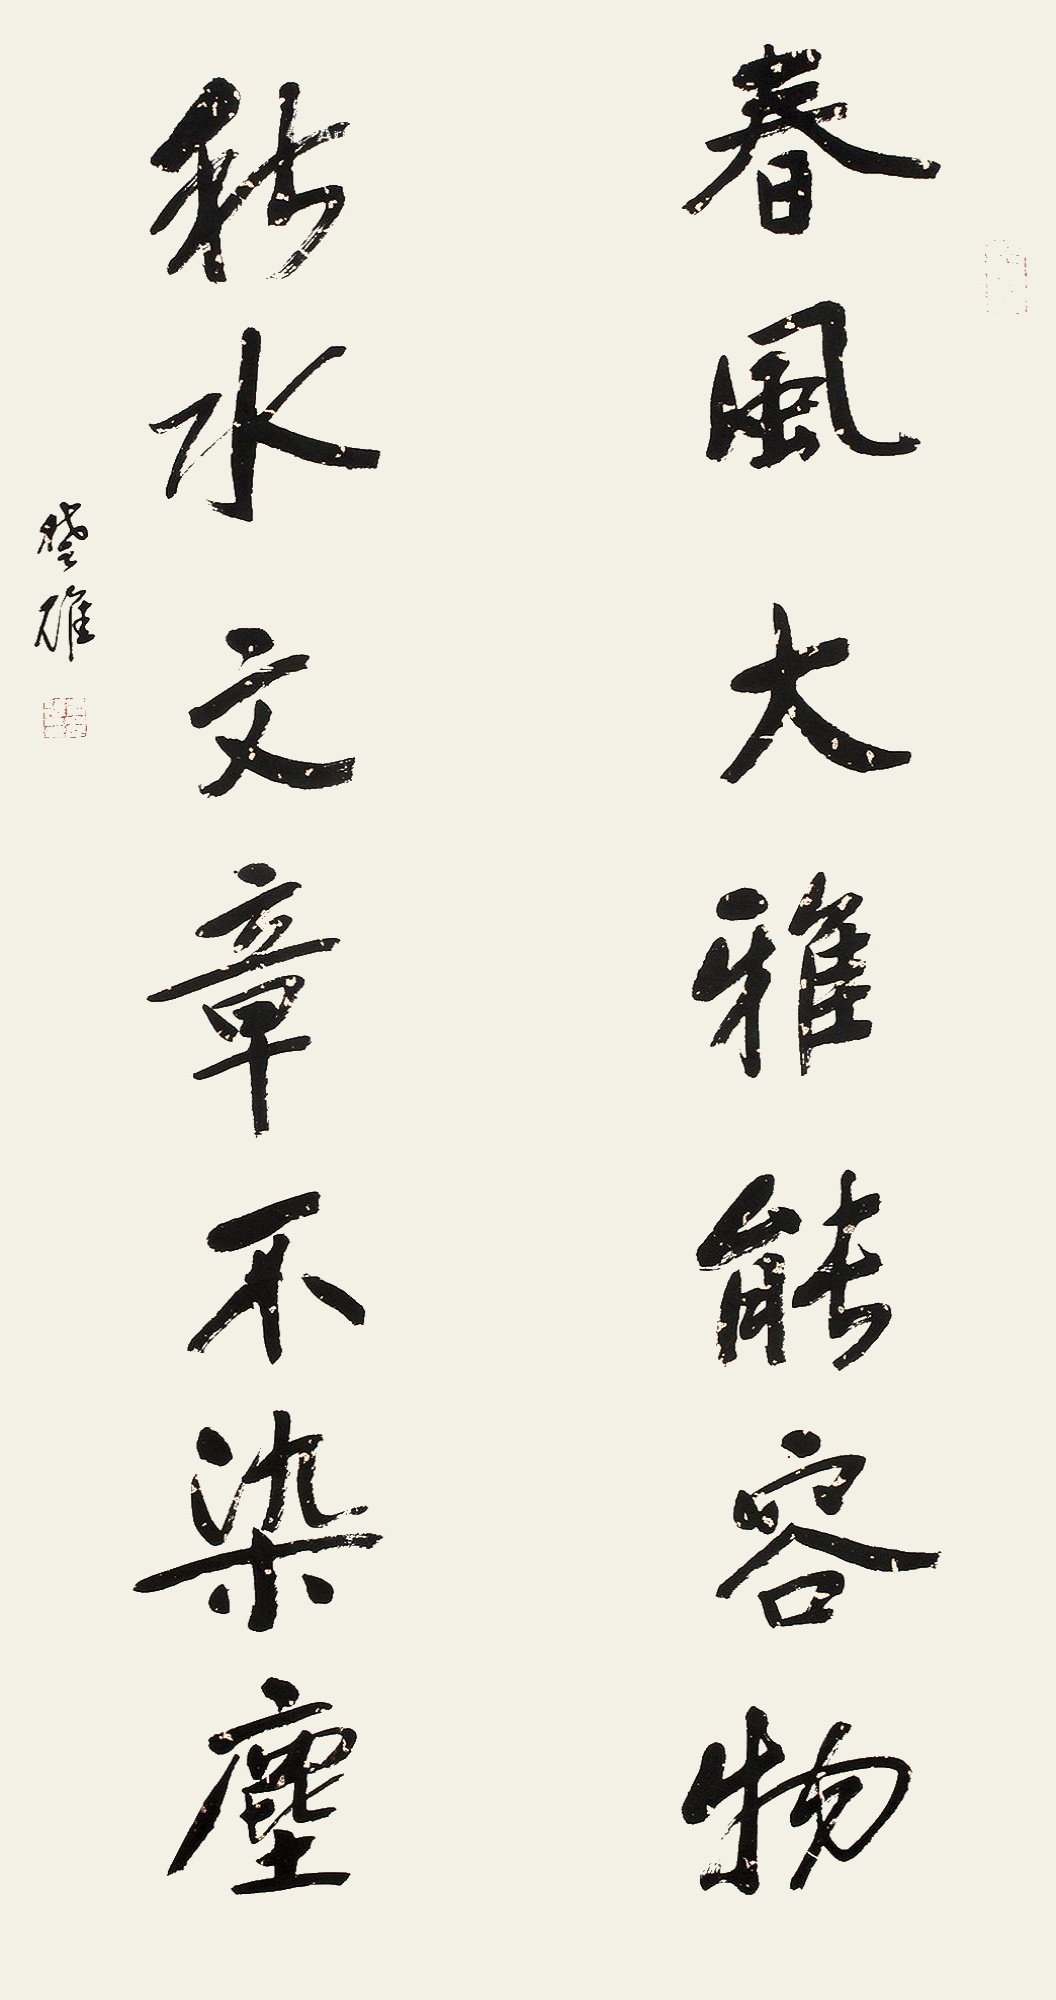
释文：春风大雅能融物，秋水文章不染尘。楚雄。